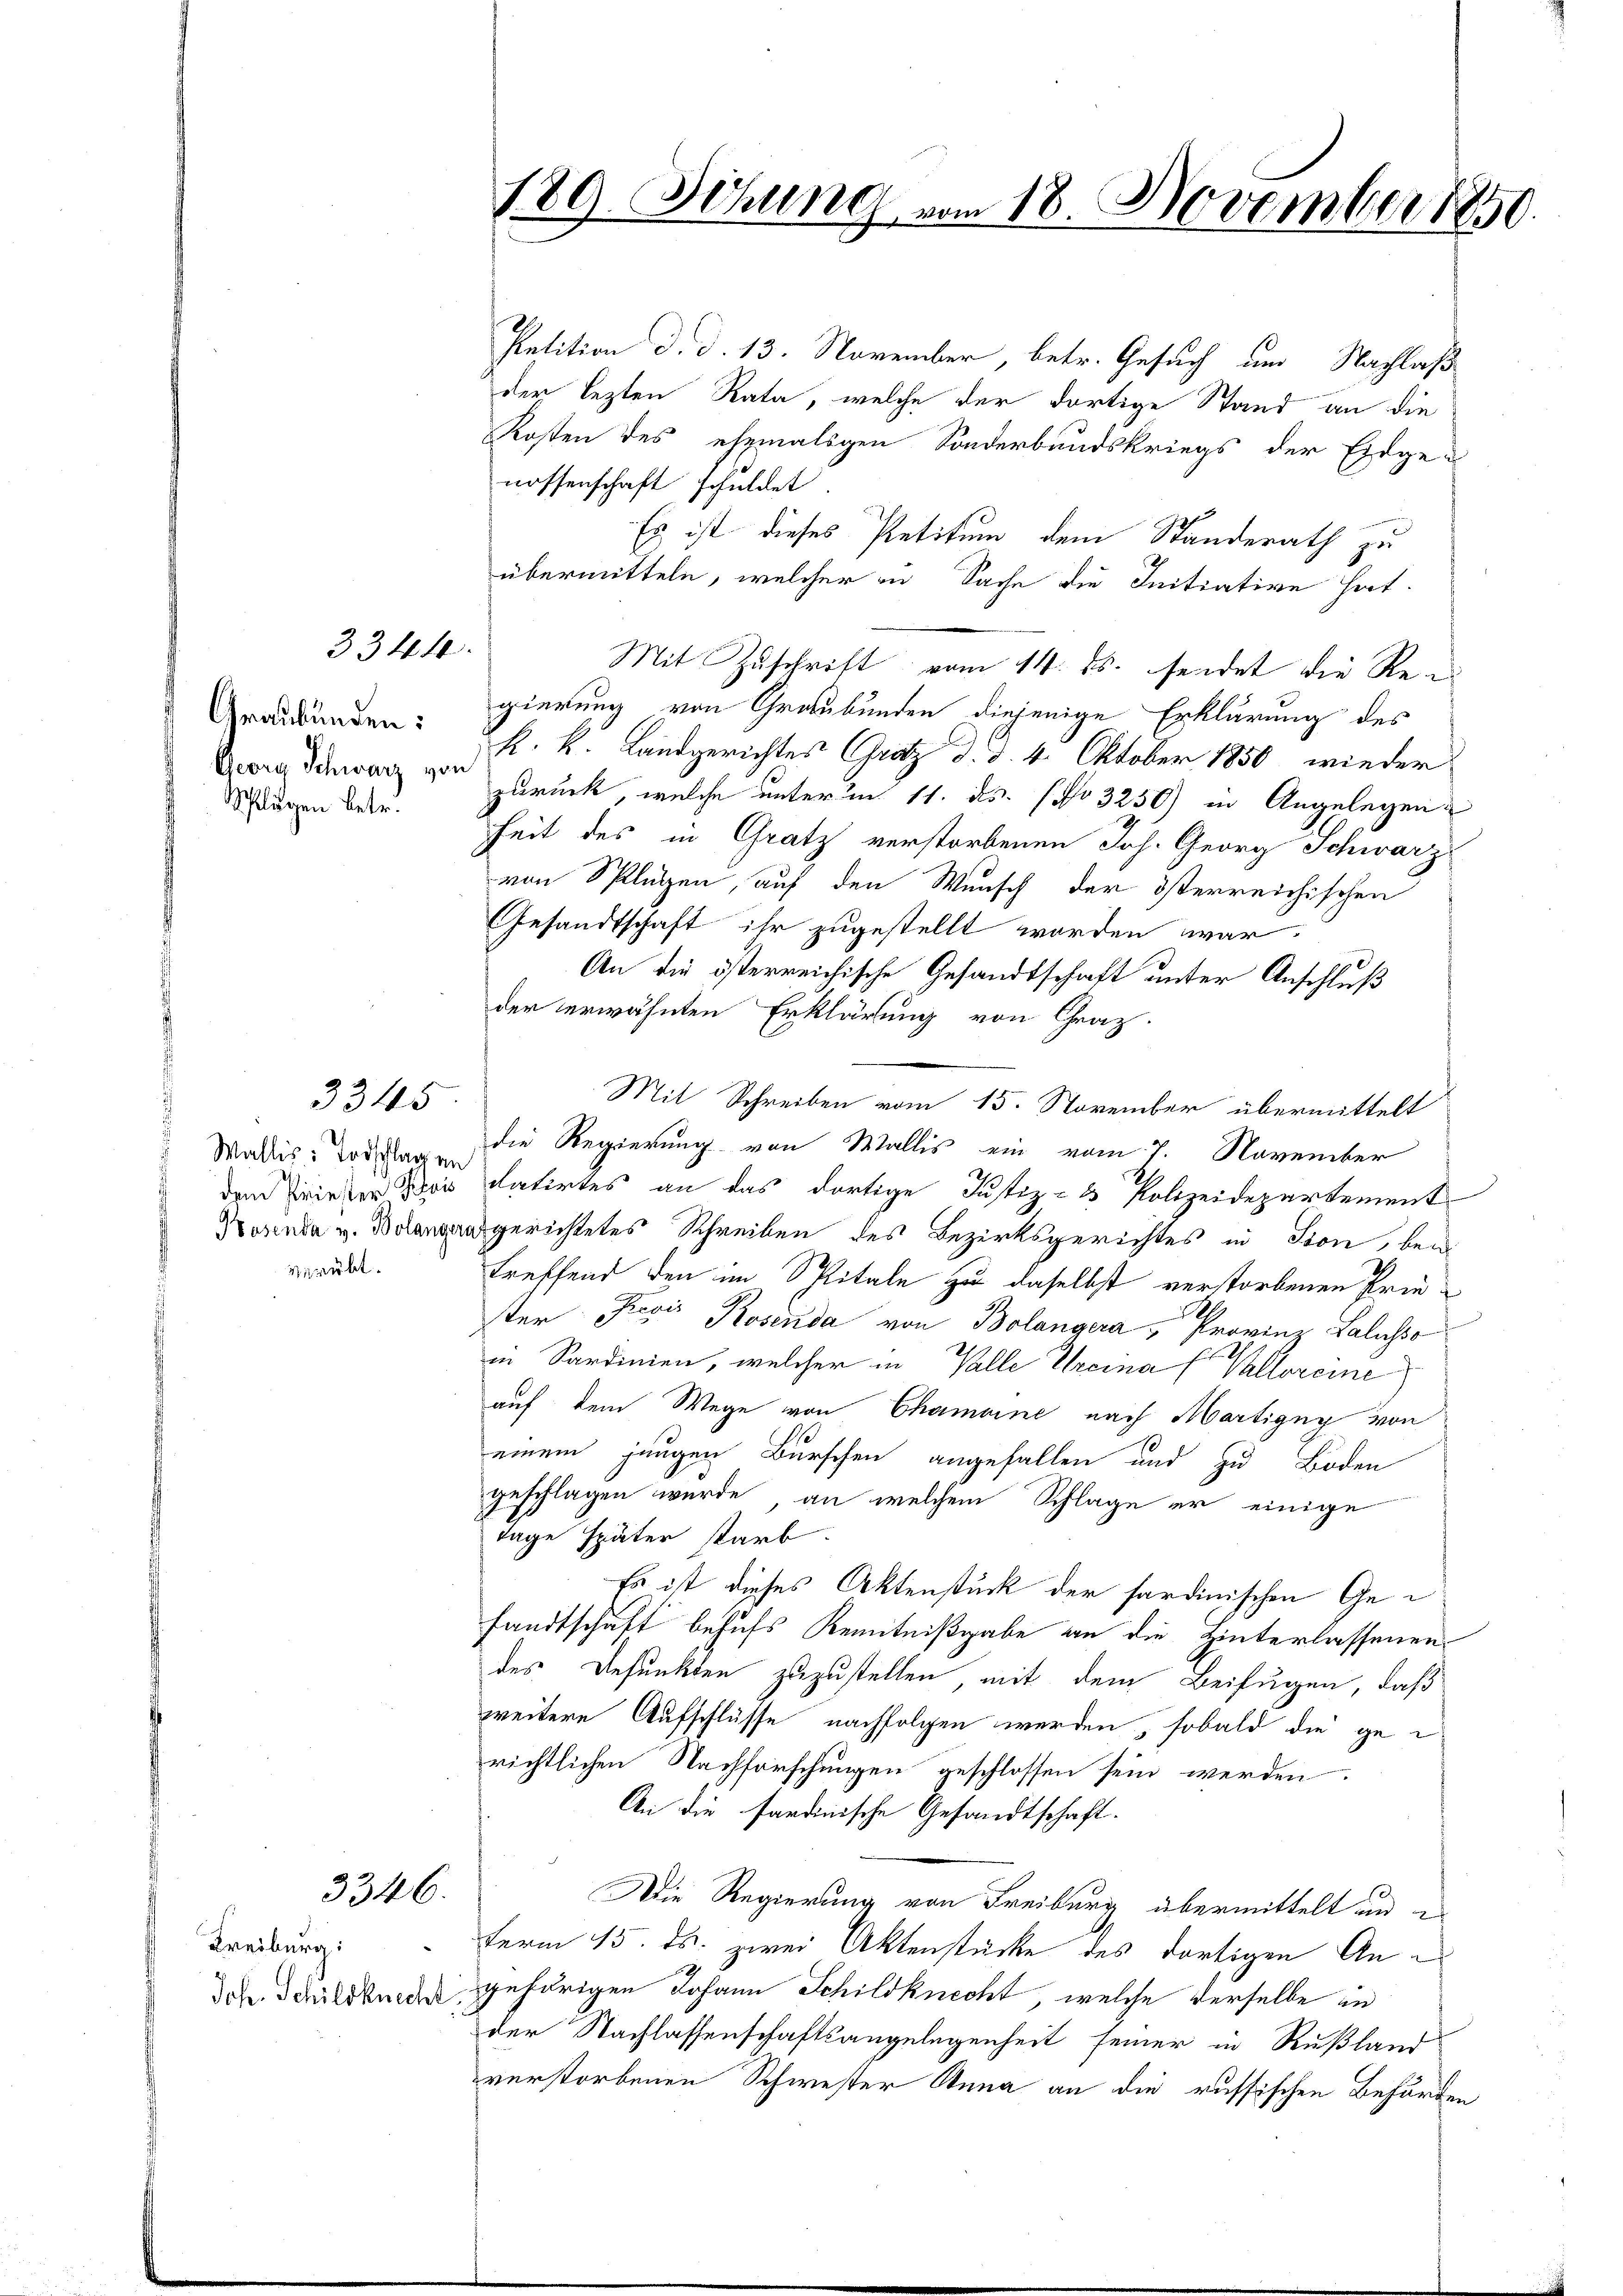
3344.

Graubünden:
Georg Schwarz von
Schlägen betr.

Wallis: Todschlag in
dem Priester Kais
Kosenda v. Bolanger
verübt.

3315

3346.

Kreiburg:
Joh. Schildknecht

Petition d. d. 13. November, betr. Gesuch um Nachlaß
der lezten Rata, welche der dortige Stand an die
Kosten des ehemaligen Sonderbundskriegs der Eidge-
nossenschaft schuldet
Es ist dieses Petitum dem Standerath zu
übermitteln, welcher in Sache die Initiative hat.
Mit Zuschrift vom 14. ds. sendet die Regierung von Graubünden diejenige Erklärung des
k. k. Landgerichtes Grotz d. d. 4. Oktober 1850 wieder
zurück, welche unterm 11. ds. (No 3250) in Angelegen
heit des in Gratz verstorbenen Joh. Georg Schwarz
von Splügen, auf den Wunsch der österreichischen
Gesandtschaft ihr zugestellt worden war.
An die österreichische Gesandtschaft unter Anschluß
der erwähnten Erklärung von Graz.
Mit Schreiben vom 15. November übermittelt
die Regierung von Wallis ein vom 7. November
datirtes an das dortige Justiz- & Polizeidepartement
dgerichtetes Schreiben des Bezirksgerichtes in Ston, bei
treffend den im Spitale zu daselbst verstorbenen Prieter Revi Rosenda von Bolangera " Provinz Lalasso
in Sardinien, welcher in Wille Greina (Valloreine
auf dem Wege von Chamoine nach Martigny von
einem jungen Burschen angefallen und zu Boden
geschlagen wurde an welchem Schlage er einige
Tage später starb.
Es ist dieses Aktenstück der sardinischen Gefandtschaft behufs Kenntnißgabe an die Hinterlassenen
des Befunkten zuzustellen mit dem Beifügen, daß
weitere Aufschlüsse nachfolgen werden, sobald die gerichtlichen Nachforschungen geschlossen sein werden.
An die sardinische Gesandtschaft.
Die Regierung von Freiburg übermittelt in
term 15. ds. zwei Aktenstücke des dortigen Angehörigen Johann Schildknecht, welche derselbe in
der Nachlassenschaftsangelegenheit seiner in Rußland
verstorbenen Schwester Anna an die russischen Behörden

B
189. Sitzung vom 18. November 1850.